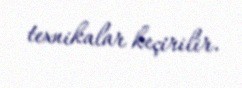
texnikalar keçirilir.